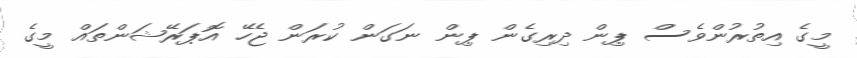
މީގެ އިތުރުންވެސް ޕިން ދިރިގެން ޕިން ނަގަން ކުރަން ޖެހޭ އޮޕަރޭޝަންތައް މީގެ